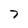
Character: 7